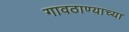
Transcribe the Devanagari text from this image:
गावठाण्याच्या